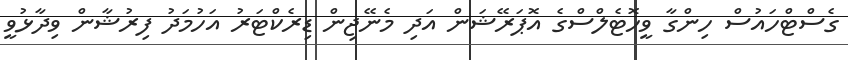
ގެސްޓްހައުސް ހިންގާ ވީހޮޓެލްސްގެ އޮޕަރޭޝަން އަދި މެނޭޖިން ޑިރެކްޓަރު އަހުމަދު ފިރުޝާން ވިދާޅުވީ